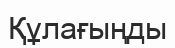
Құлағыңды